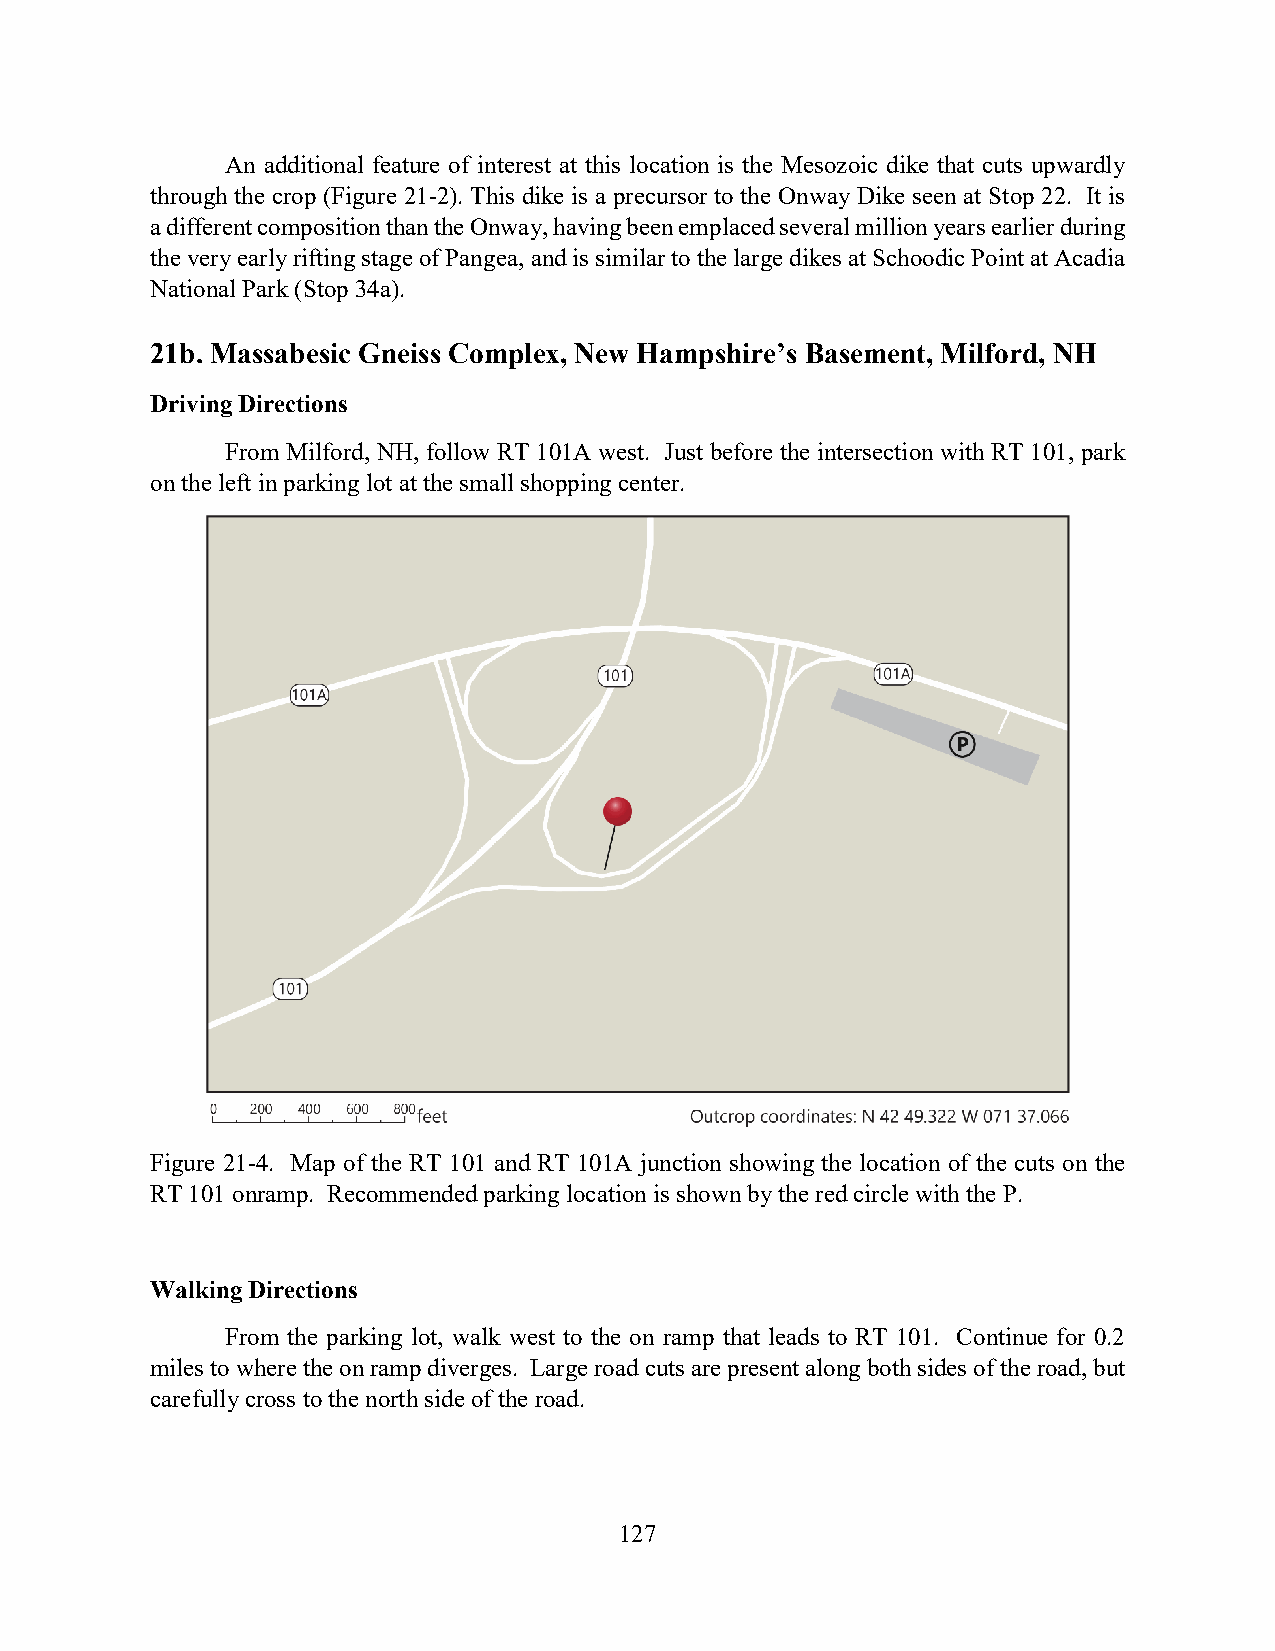
An additional feature of interest at this location is the Mesozoic dike that cuts upwardly
 through the crop (Figure 21-2). This dike is a precursor to the Onway Dike seen at Stop 22. It is
 a different composition than the Onway, having been emplaced several million years earlier during
 the very early rifting stage of Pangea, and is similar to the large dikes at Schoodic Point at Acadia
 National Park (Stop 34a).
 21b. Massabesic Gneiss Complex, New Hampshire’s Basement, Milford, NH
 Driving Directions
 From Milford, NH, follow RT 101A west. Just before the intersection with RT 101, park
 on the left in parking lot at the small shopping center.
 Figure 21-4. Map of the RT 101 and RT 101A junction showing the location of the cuts on the
 RT 101 onramp. Recommended parking location is shown by the red circle with the P.
 Walking Directions
 From the parking lot, walk west to the on ramp that leads to RT 101. Continue for 0.2
 miles to where the on ramp diverges. Large road cuts are present along both sides of the road, but
 carefully cross to the north side of the road.
 127